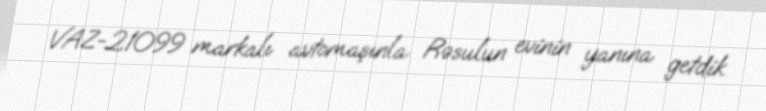
VAZ-21099 markalı avtomaşınla Rəsulun evinin yanına getdik.